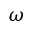
\omega